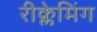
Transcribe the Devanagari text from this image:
रीक्लेमिंग